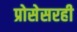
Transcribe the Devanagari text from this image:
प्रोसेसरही